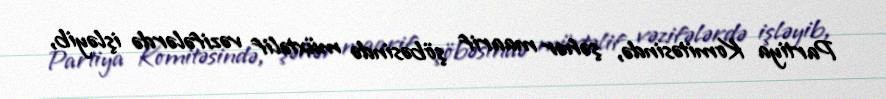
Partiya Komitəsində, şəhər maarif şöbəsində müxtəlif vəzifələrdə işləyib,